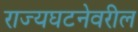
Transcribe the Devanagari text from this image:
राज्यघटनेवरील